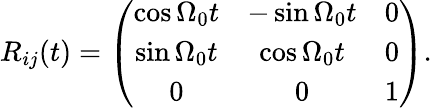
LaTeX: \begin{array}{r}{R_{ij}(t)=\left(\begin{array}{ccc}{\cos\Omega_{0}t}&{-\sin\Omega_{0}t}&{0}\\ {\sin\Omega_{0}t}&{\cos\Omega_{0}t}&{0}\\ {0}&{0}&{1}\end{array}\right).}\end{array}